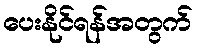
ပေးနိုင်ရန်အတွက်